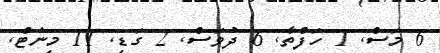
6 މަސް